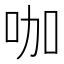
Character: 咖